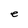
Character: e